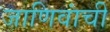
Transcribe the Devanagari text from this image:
जाणिवांची